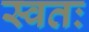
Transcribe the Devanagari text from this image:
स्वतः